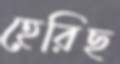
হেরিছ